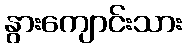
နွားကျောင်းသား